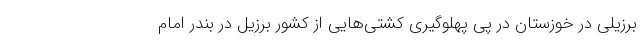
برزیلی در خوزستان در پی پهلوگیری کشتی‌هایی از کشور برزیل در بندر امام